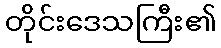
တိုင်းဒေသကြီး၏